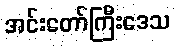
အင်းတော်ကြီးဒေသ